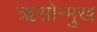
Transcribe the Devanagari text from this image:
ऋसोन्मुख